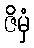
ဇိမှံ